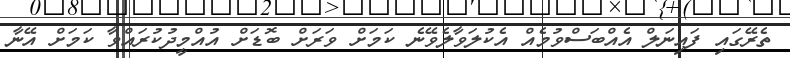
ތެރޭގައި ފައިނަލް އެއްބަސްވުމެއް އެކުލަވާލެވޭނެ ކަމަށް ވަރަށް ބޮޑަށް އުއްމީދުކުރައްވާ ކަމަށް އޭނާ